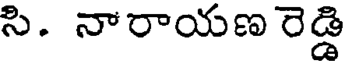
సి. నారాయణ రెడ్డి